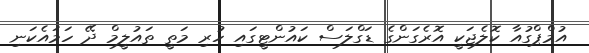
އުމްޕްގުއާ ކޮލެޖަކީ އޮރެގަންގެ ޑަގްލަސް ކައުންޓީގައި ހުރި މަތީ ތައުލީމް ދޭ ހަމައެކަނި